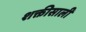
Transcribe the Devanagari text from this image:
शक्तीसाली